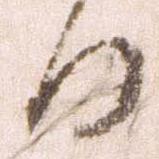
日